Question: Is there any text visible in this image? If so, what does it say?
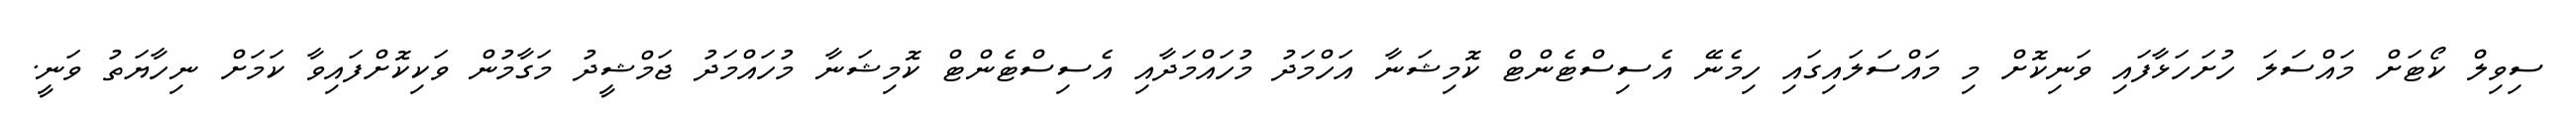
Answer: ސިވިލް ކޯޓަށް މައްސަލަ ހުށަހަޅާފައި ވަނިކޮށް މި މައްސަލައިގައި ހިމެނޭ އެސިސްޓެންޓް ކޮމިޝަނާ އަހްމަދު މުހައްމަދާއި އެސިސްޓެންޓް ކޮމިޝަނާ މުހައްމަދު ޖަމްޝީދު މަގާމުން ވަކިކޮށްފައިވާ ކަމަށް ނިހާޔަތު ވަނީ.